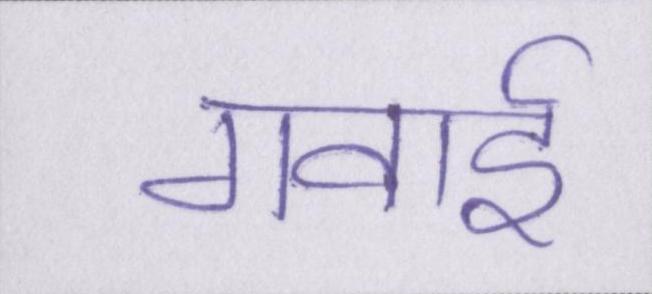
गवाई